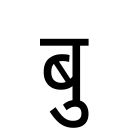
OCR:
बु